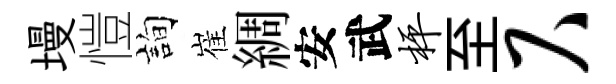
墁愷詢崔綢安武枰至尺